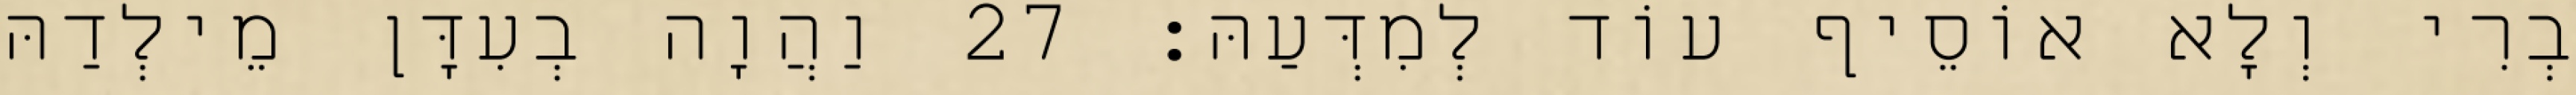
בְרִי וְלָא אוֹסֵיף עוֹד לְמִדְּעַהּ׃ 27 וַהֲוָה בְעִדָּן מֵילְדַהּ